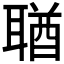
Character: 𦖣